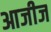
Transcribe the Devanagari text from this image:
आजीज